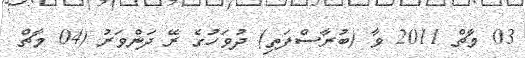
03 މާޗް 2011 ވާ (ބުރާސްފަތި) ދުވަހުގެ ރޭ ދަންވަރު (04 މާޗް